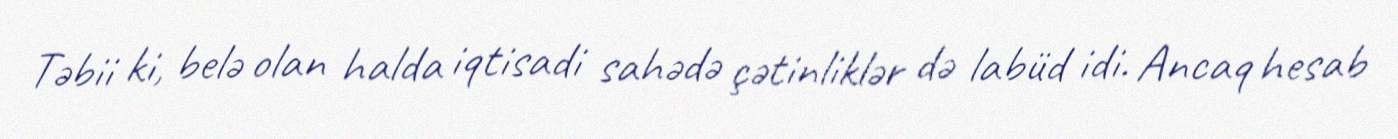
Təbii ki, belə olan halda iqtisadi sahədə çətinliklər də labüd idi. Ancaq hesab